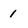
Character: 1